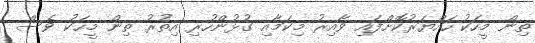
ތިން މީހަކު ހައްޔަރުކޮށްފައި ވާއިރު މިކަމާއި ގުޅުންހުރި އިތުރު ތިން މީހަކު ވެސް